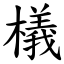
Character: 檥